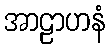
အာဠာဟနံ